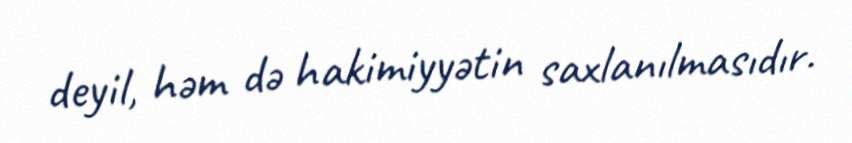
deyil, həm də hakimiyyətin saxlanılmasıdır.